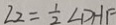
\angle 2 = \frac { 1 } { 2 } \angle D H F